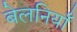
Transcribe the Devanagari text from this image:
बेलनियाँ